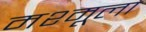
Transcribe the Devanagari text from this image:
मश्मूला